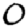
Digit: 0